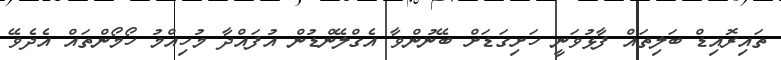
ތައިރޮއިޑް ބަލިތައް ފާޅުވަނީ ހަށިގަޑަށް ބޭނުންވާ އެގްލޭންޑުން އުފައްދާ މުހިއްމު ހޯމޯންތައް އެދެވޭ